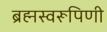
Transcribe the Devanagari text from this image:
ब्रह्मस्वरूपिणी